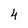
Character: 4